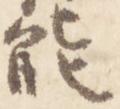
能